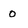
Character: O